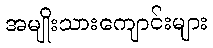
အမျိုးသားကျောင်းများ